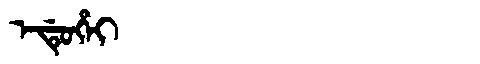
Manchu: ᡝᡩᡠᡥᡝᡳ
Romanization: EDUHEI